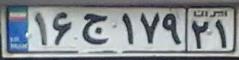
۱۶ج۱۷۹۲۱